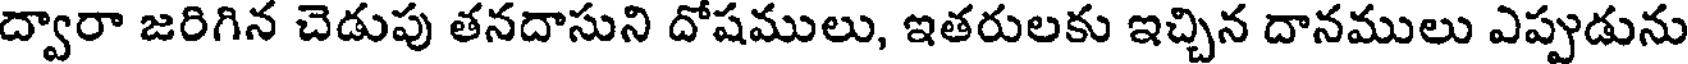
ద్వారా జరిగిన చెడుపు తనదాసుని దోషములు, ఇతరులకు ఇచ్చిన దానములు ఎప్పుడును